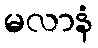
မလာနံ